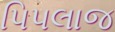
પિપલાજ